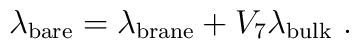
\lambda_{\rm bare} =\lambda_{\rm brane} + V_7 \lambda_{\rm bulk}\ .